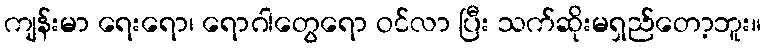
ကျန်းမာ ရေးရော၊ ရောဂါတွေရော ဝင်လာ ပြီး သက်ဆိုးမရှည်တော့ဘူး။